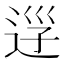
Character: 𨒰